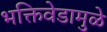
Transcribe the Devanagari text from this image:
भक्तिवेडामुळे